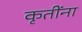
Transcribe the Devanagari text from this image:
कृतींना